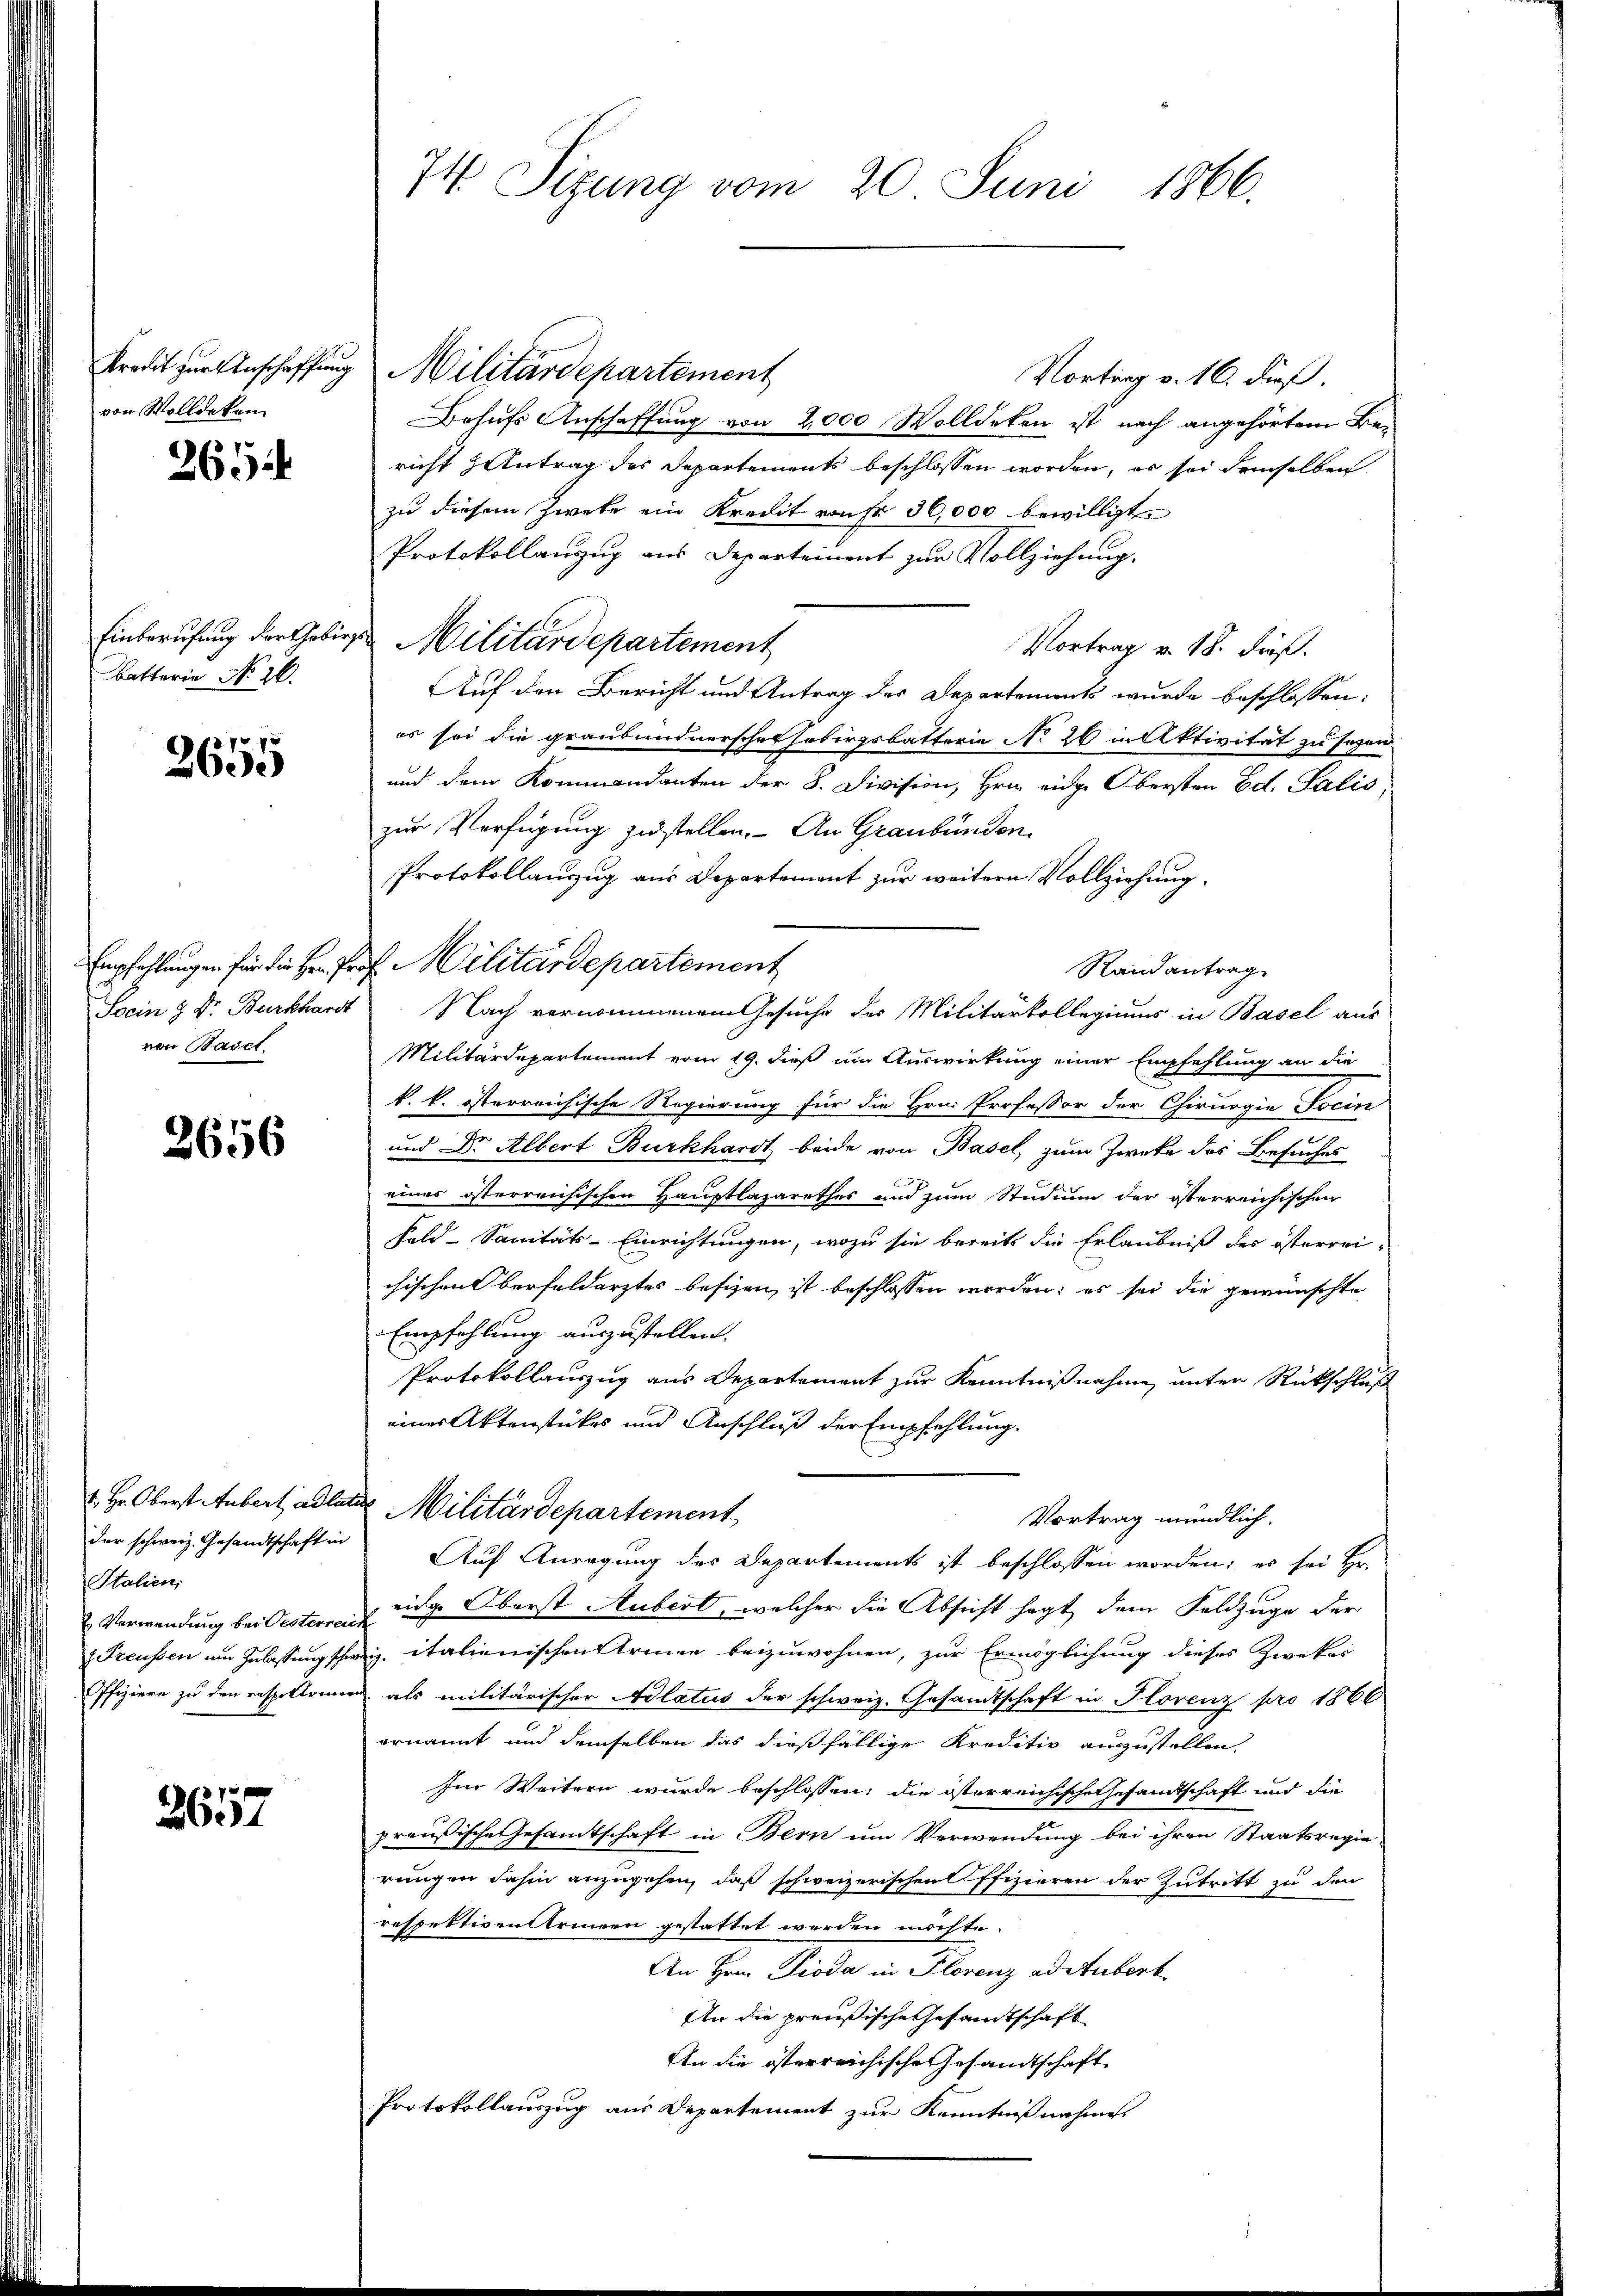
von Wolldeken

265

Batterie No 26.

2655

Soein & Dr. Burkhardt
von Basel.

2656

der schweiz. Gesandtschaft in
Italien;
Verwendung bei Oesterreic

2657

74. Sizung vom 20. Juni 1866.

Kredit zur Anschaffung Militärdepartement
Vortrag v. 16. dieß.
Behufs Anschaffung von 2,000 Wolldeken ist nach angehörtem Be-
richt zutrag des Departements beschlossen worden, es sei demselben
zu diesem Zweke ein Kredit von Fr. 30,000 bewilligt.
Protokollanzug aus Departement zur Vollziehung.
Einberufung der Gebirgen Militärdepartement
Vortrag v. 18. Fräß.
Auf den Bericht und Antrag des Departements wurde beschlossen:
es sei die graubündnerschafsobirgsbatterie No 26 in Aktivität zu sezen
und dem Kommandanten der 8. Division, Hrn. einge Obersten Ed. Salis,
zur Verfügung zustellen. An Graubünden.
Protokollauszug aus Departement zur weitern Vollziehung.
Empfehlungen für die Hr. Prof. Militärdepartement
Randantrag
Nach vernommenem Gesuche des Militärkollegiums in Basel aus
Militärdepartement vom 19. dieß um Auswirkung einer Empfehlung an die
k. k. österreichische Regierung für die Hrn. Professor der Chirurgie Socin
und Dr. Albert Burkhardt beide von Basel, zum Zwecke des Besuches
eines österreichischen Hauptlazarethes und zum Studium der österreichischen
Fald-Sanitäts-Einrichtungen, wozu sie bereits die Erlaubniß des österrei-
chischen Verfeldarztes besizen ist beschlossen worden; es sei die gewünschte
Empfehlung auszustellen.
Protokollauszug aus Departement zur Kenntnißnahme unter Rückschluß
einer Aktenstückes und Anschluß der Empfehlung.
. Hr. Oberst Anbert Adlater Militärdepartement
Vortrag mündlich.
Auf Anregung des Departements ist beschlossen worden; es sei Hr.
eidge Oberst Aubert, welcher die Absicht sagt dem Feldzuge der
.
Freussen um Zulassung schweiz. italienischen Armen beizuwohnen, zur Ermöglichung dieses Zweker
Offiziere zu den respektonien als militärischer Aulatus der schweiz. Gesandtschaft in Florenz pro 1866
ernannt und demselben das dießfällige Kreditiv auszustellen.
Im Weitern wurde beschlossen; die österreichische Gesandtschaft und die
preußische Gesandtschaft in Bern um Verwendung bei ihren Staatsregie
rungen dahin anzugehen, daß schweizerischen Offizieren der Zutritt zu den
respektiven Steinen gestattet werden möchte.
An Hrn. Dioda in Florenz ad Aubert
An die preußische Gesandtschaft
An die österreichische Gesandtschaft
Protokollauszug aus Departement zur Kenntnißnahme